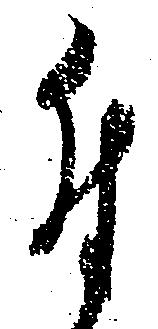
付